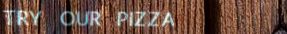
TRY OUR PIZZA